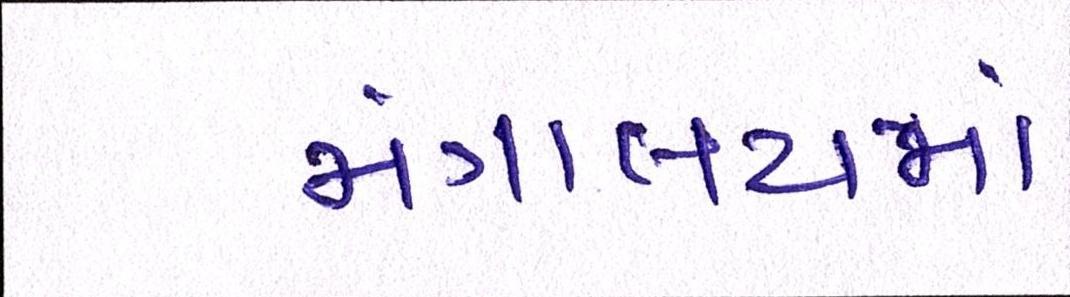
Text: મંત્રાલયમાં